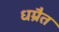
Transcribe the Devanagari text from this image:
धम्रैत